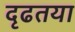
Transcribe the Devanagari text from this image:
दृढतया